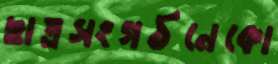
ছাত্রসংগঠনেকো